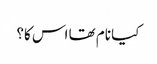
کیا نام تھا اس کا؟